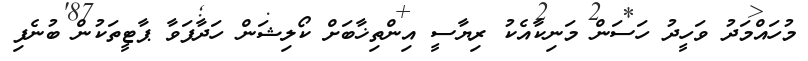
މުހައްމަދު ވަހީދު ހަސަން މަނިކާއެކު ރިޔާސީ އިންތިޚާބަށް ކޯލިޝަން ހަދާފަވާ ޕާޓީތަކުން ބުނެފި